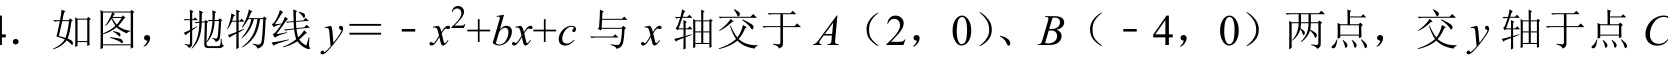
4. 如图，抛物线\(y=-x^{2}+bx + c\)与\(x\)轴交于\(A(2,0)\)、\(B(-4,0)\)两点，交\(y\)轴于点\(C\)